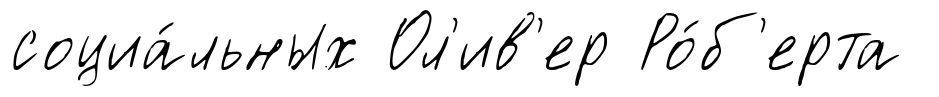
социа́льных Ол'ив'ер Ро́б'ерта